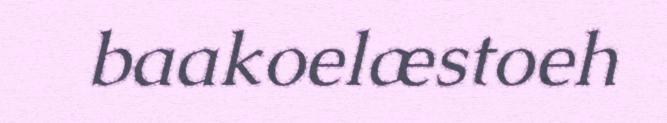
baakoelæstoeh